Enquiry on enteric fever in India - Number 32
Disease focus: Fever
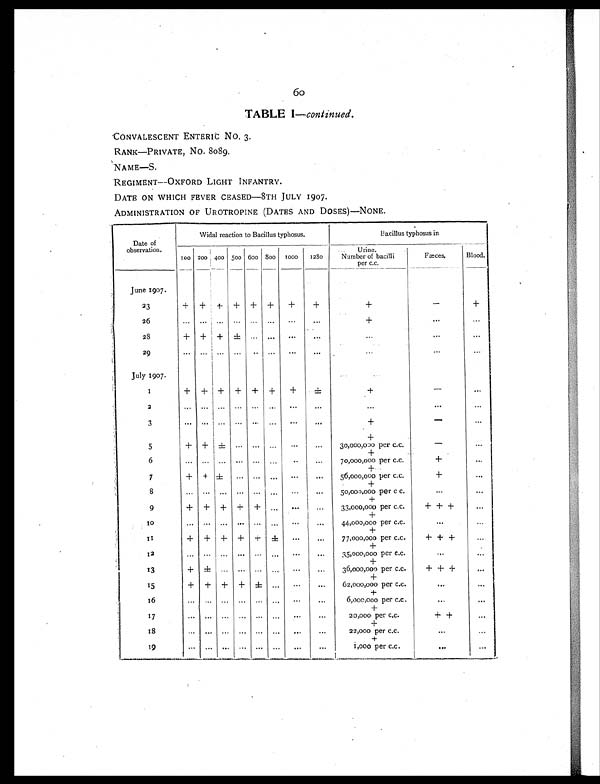
6o
TABLE I — continued.
CONVALESCENT ENTERIC NO. 3.
RANK—PRIVATE, NO. 8089.
NAME—S.
REGIMENT--OXFORD LIGHT INFANTRY.
DATE ON WHICH FEVER CEASED—8TH JULY 1907.
ADMINISTRATION OF UROTROPINE (DATES AND DOSES)—NONE.
Date of
observation.
Widal reaction to Bacillus typhosus.
Bacillus typhosus in
100 200 400 500 600
8 0 0
1000
1280
Urine.
Number of bacilli
per c.c.
Fæces.
Blood.
June 1907.
23
+
+
+
+
+
+
+
+
+
-
+
26
. . .
. . .
. . .
...
. . .
. . .
...
. . .
+
...
...
2 8
+
+
+
± ...
...
...
. . .
. . .
...
...
29
...
. . .
. . .
...
..
. . .
...
...
. . .
. . .
...
July 1907.
1
+
+ +
+
+
+
+
±
+
-
...
2
...
...
...
...
...
...
...
...
...
...
...
3
. . .
. . .
. . .
. . .
. . .
...
. . .
. . .
+
-
. . .
+
5
+
+
±
... ...
. . .
. . .
...
30,000,000 per c.c.
-
. . .
+
6
. . .
. . .
. . .
. . .
. . . ...
..
. . .
70,000,000 per c.c.
+
. . .
+
7
+
+
±
. . .
. . .
. . .
...
...
56,000,000 per c.c.
+
. . .
+
8
. . .
. . .
. . .
. . .
. . .
...
. . .
. . .
50,000,000 per c c.
. . .
. . .
+
9
+
+
+
+
+
. . .
...
. . .
33,000,000 per c.c.
+ + +
. . .
+
10
. . .
. . .
. . .
. . .
. . .
. . .
. . .
...
44,000,000 per c.c.
. . .
. . .
+
11
+
+
+
+
+
±
...
. . .
77,000,000 per c.c.
+ + +
+
1 2
. . .
. . .
. . .
. . .
. . .
. . .
...
. . .
35,000,000 per c.c.
. . .
. . .
+
13
+
±
. . .
. . .
. . .
. . .
. . .
. . .
36,000,000 per c.c.
+ + +
...
+
15
+
+
+
+
± ...
... . . .
62,000,000 per c.c.
...
...
+
1 6
. . .
. . .
. . .
. . .
. . .
. . .
...
...
6,000,000 per c.c.
...
+
17
. . .
. . .
...
. . .
...
...
...
. . .
20,000 per c.c.
+ +
. . .
+
1 8
. . .
. . .
. . .
. . .
. . .
. . .
...
. . .
22,000 per c.c
. . .
. . .
+
19
. . .
. . .
. . .
. . .
. . .
. . .
. . .
. . .
1,000 per c.c.
. . .
. . .